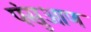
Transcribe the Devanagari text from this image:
पंसुआण